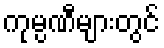
ကုမ္ပဏီများတွင်